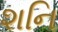
શનિ